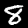
Digit: 8